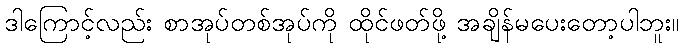
ဒါကြောင့်လည်း စာအုပ်တစ်အုပ်ကို ထိုင်ဖတ်ဖို့ အချိန်မပေးတော့ပါဘူး။